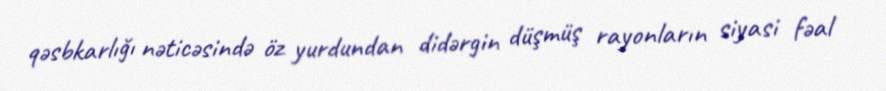
qəsbkarlığı nəticəsində öz yurdundan didərgin düşmüş rayonların siyasi fəal